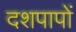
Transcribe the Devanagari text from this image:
दशपापों